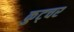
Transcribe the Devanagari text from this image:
कुट्चर